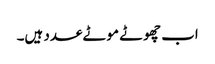
اب چھوٹے موٹے عدد ہیں۔